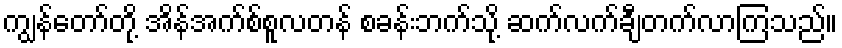
ကျွန်တော်တို့ အိန်အက်စ်စူလတန် စခန်းဘက်သို့ ဆက်လက်ချီတက်လာကြသည်။